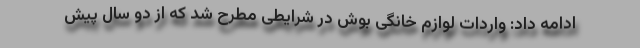
ادامه داد: واردات لوازم خانگی بوش در شرایطی مطرح شد که از دو سال پیش